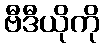
ဗီဒီယိုကို